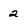
Character: 2